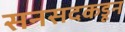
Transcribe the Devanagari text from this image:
सनसदकडून